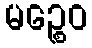
မဉ္စေဝ